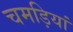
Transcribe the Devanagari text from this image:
चमड़ियां